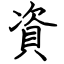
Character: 資